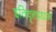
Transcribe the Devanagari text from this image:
इतिवृत्तप्रधान